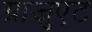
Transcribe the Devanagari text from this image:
ग्राजुएट